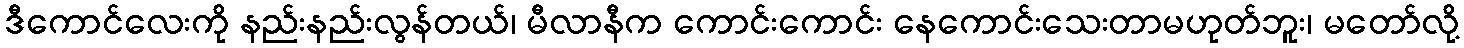
ဒီကောင်လေးကို နည်းနည်းလွန်တယ်၊ မီလာနီက ကောင်းကောင်း နေကောင်းသေးတာမဟုတ်ဘူး၊ မတော်လို့